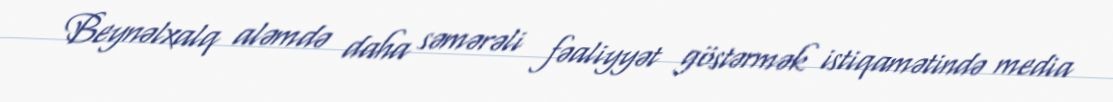
Beynəlxalq aləmdə daha səmərəli fəaliyyət göstərmək istiqamətində media